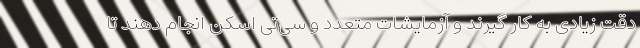
دقت زیادی به کار گیرند و آزمایشات متعدد و سی‌تی اسکن انجام دهند تا